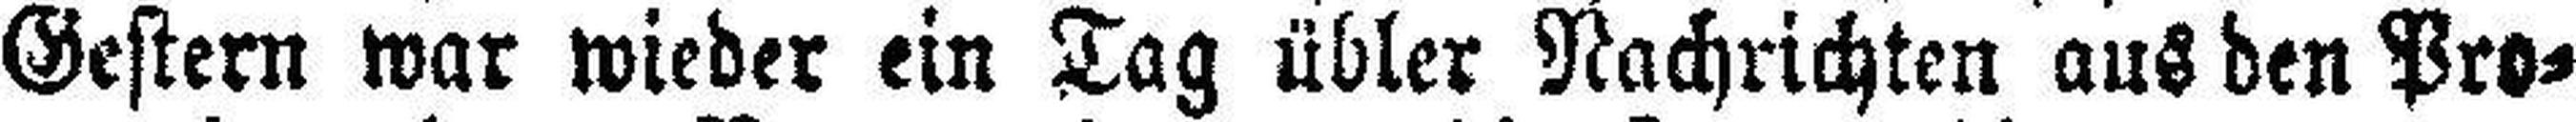
Gestern war wieder ein Tag übler Nachrichten aus den Pro¬